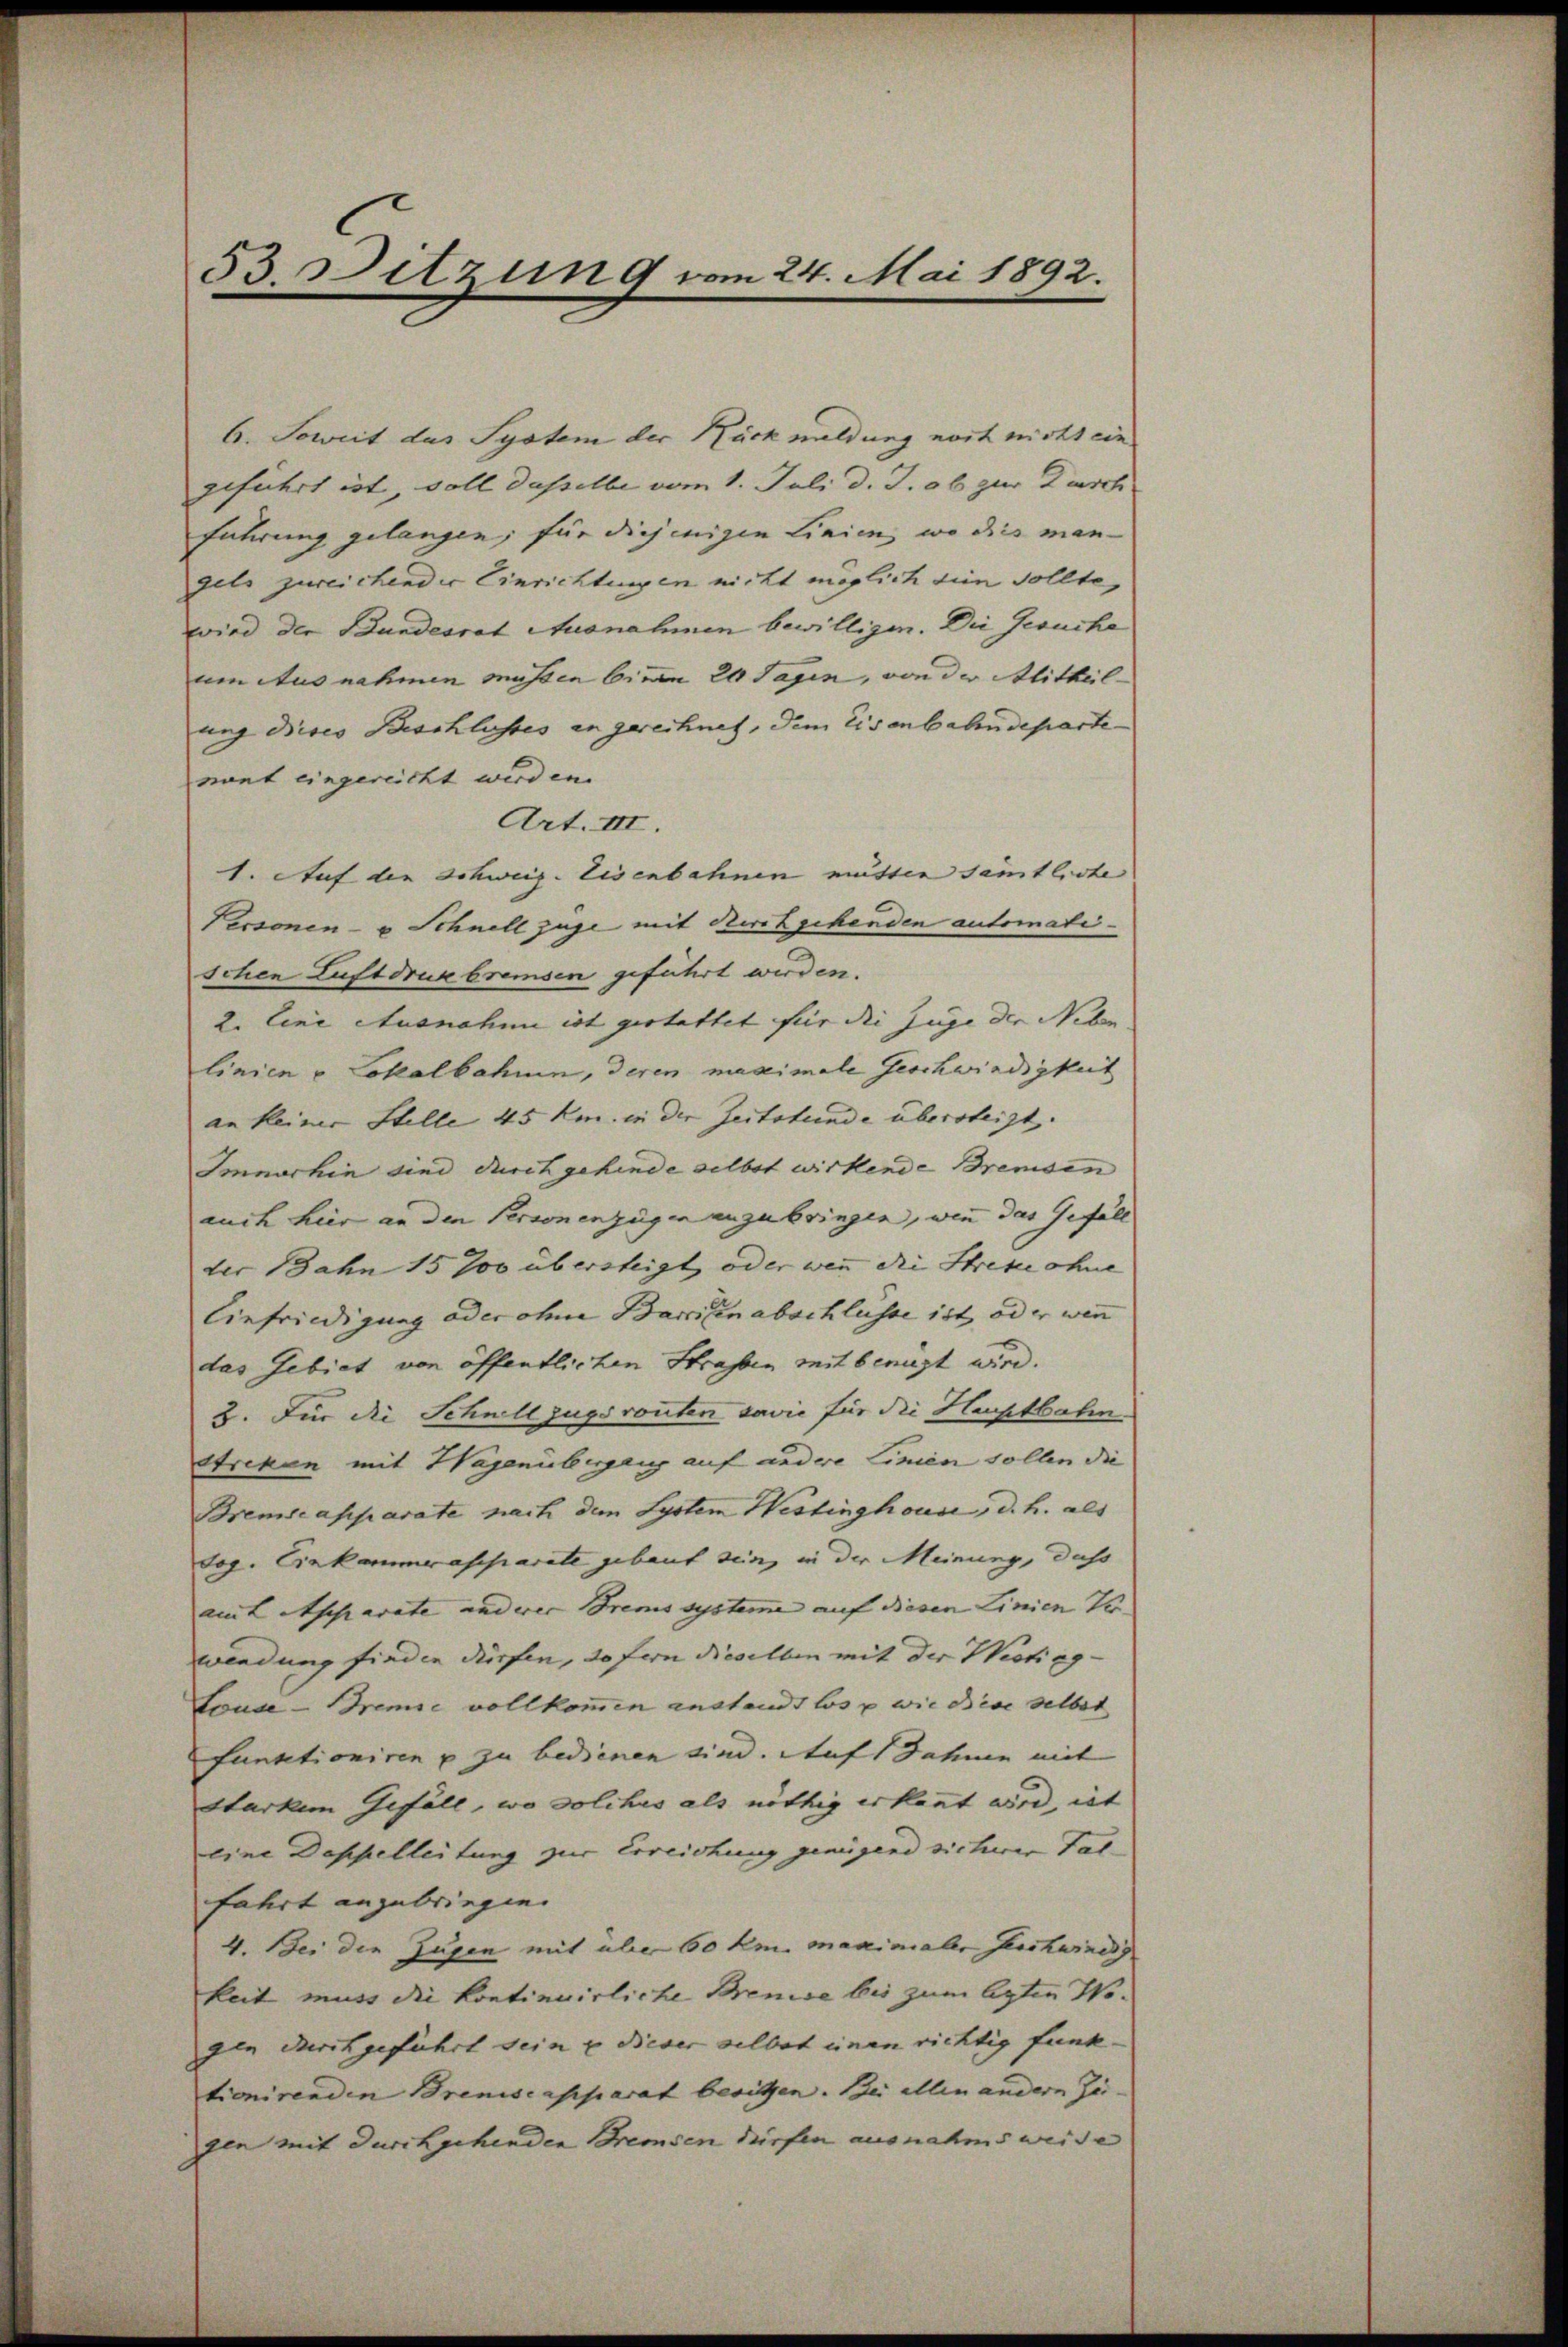
53 Ditzung vom 24. Mai 1892.

6. Soweit das System der Rückmeldung noch nicht ein
geführt ist, soll daselbe vom 1. Juli d. J. ab zur Zusch
Führung gelangen; für diejenigen Linien, wo dies man-
dels zureichender Einrichtungen nicht möglich die Sollte,
wird der Bundesrat Ausnahmen bewilligen. Die Gesuche
um Ausnahmen müssen binen 20 Tagen, von der Mitteil-
ung dieses Beschlusses in gerechnet, dem Eisenbahndeparte
nant eingereicht werden.
Art. III.
1. Auf die Schweiz. Eisenbahnen mutter sämtliche
Personen- u Schnell zuge mit Kirchgehenden automati- |
schen Luftdruk bremsen geführt werden.
2. Eine Ausnahme ist gestattet für die Zuge der Neben
linien v Lokalbahnen, deren maximale Geschwindigkeit
an keiner Stelle 45 km. in der Zeitstunde übersteigt.
Imnerhin sind durchgehinde selbst wirkende Brenden
auch hier an den Personenzügen anzubringen, wenn das Gefäll
der Bahn 15 900 übersteigt, oder wenn die Streke ohne
Einfriedigung oder ohne Barrien abschlusse ist, oder wenn
das Gebiet von öffentlichen Strassen mit benuzt wird.
2. Für die Schnell zugeronten sowie für die Hauptbahn.
Striken mit Hagenübergang auf andere Linien sollen die
Breme apparate nach dem System Westinghouse, d. h. als
dog. Einkammerraschiarate gebaut sein, in der Meinung, dass
amt Apparate anderer Brems systeme auf diesen Linien Ver-
wendung finden dürfen, so fern dieselben mit der Wistieg-
Loude-Bremie vollkommen anstandt los p wie diese selbst
funktioniren u zu bedienen sind. Auf Jahren mit
Starkem Gefäll, wo solches als nöthig erkannt wird, ist
eine Doppelleitung zur Erreichung genügend sicherer Palfahrt anzubringen.
4. Bei die Zugen mit über 60 km. maximaler Geschwindig.
keit muss die kontinuirliche Brenie bis zum legten Wo
gen durchgeführt sein u dieser selbst einen richtig funk-
tionirenden Breniscapparat besitzen. Bei allen andern Zu- |
den mit durchgehenden Bremden dürfen ausnahmsweise